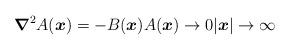
LaTeX: \begin{align*} \boldsymbol{\nabla}^2 A(\boldsymbol{x}) = -B(\boldsymbol{x}) A(\boldsymbol{x}) \rightarrow 0 |\boldsymbol{x}| \rightarrow \infty \end{align*}